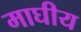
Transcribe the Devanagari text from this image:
माघीय